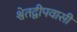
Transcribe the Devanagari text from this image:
श्वेतद्वीपवासी